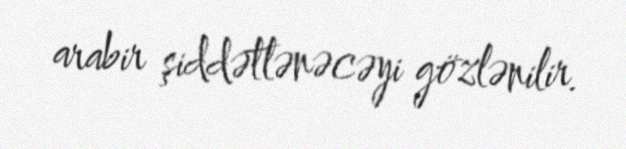
arabir şiddətlənəcəyi gözlənilir.